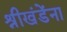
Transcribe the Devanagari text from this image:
श्रीखंडेंना